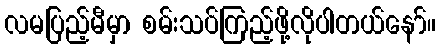
လမပြည့်မီမှာ စမ်းသပ်ကြည့်ဖို့လိုပါတယ်နော်။